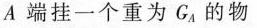
A 端挂一个重为G_{A}的物